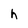
Character: h